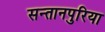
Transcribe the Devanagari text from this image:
सन्तानपुरिया